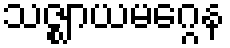
သဇ္ဈာယမဂ္ဂေန